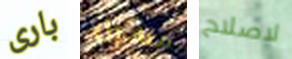
بارى مناديل لاصلاح